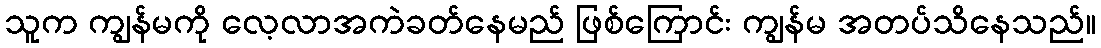
သူက ကျွန်မကို လေ့လာအကဲခတ်နေမည် ဖြစ်ကြောင်း ကျွန်မ အတပ်သိနေသည်။